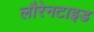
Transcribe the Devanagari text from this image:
लौरेनटाइड